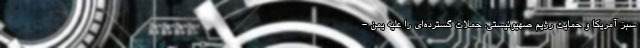
سبز آمریکا و حمایت رژیم صهیونیستی، حملات گسترده‌ای را علیه یمن -